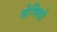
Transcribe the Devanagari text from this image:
सेमियो